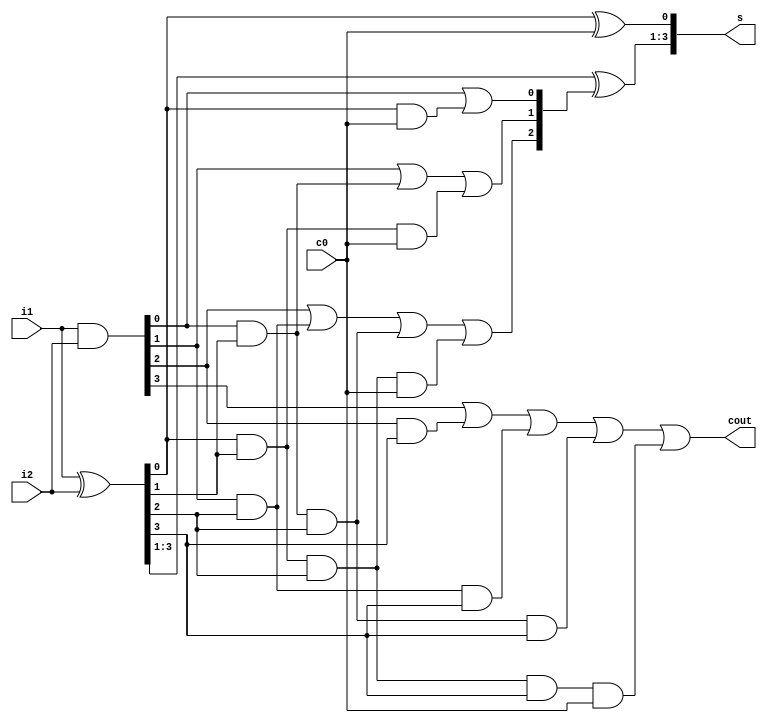

`ifndef CLA_4BIT_V
`define CLA_4BIT_V

`timescale 1ns/1ps

module CLA_4bit (
   output wire [3:0] s,
   output wire       cout,
   input       [3:0] i1,
   input       [3:0] i2,
   input             c0
);
   wire [3:0] g;
   wire [3:0] p;
   wire [3:1] c;
   assign g[3:0]=i1[3:0] & i2[3:0]; //carry generation
   assign p[3:0]=i1[3:0] ^ i2[3:0];
   assign c[1]=g[0] | (p[0] & c0);
   assign c[2]=g[1] | (g[0] & p[1]) | (p[0] & p[1] & c0);
   assign c[3]=g[2] | (g[1] & p[2]) | (g[0] & p[1] & p[2]) | (p[0] & p[1] & p[2] & c0);
   assign cout=g[3] | (g[2] & p[3]) | (g[1] & p[2] & p[3]) | (g[0] & p[1] & p[2] & p[3]) | (p[0] & p[1] & p[2] & p[3] & c0);
   assign s[0]=p[0]^c0;
   assign s[3:1]=p[3:1]^c[3:1];

endmodule

`endif